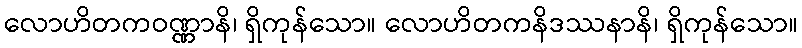
လောဟိတကဝဏ္ဏာနိ၊ ရှိကုန်သော။ လောဟိတကနိဒဿနာနိ၊ ရှိကုန်သော။